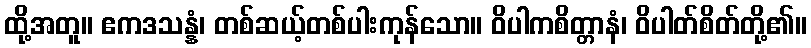
ထို့အတူ။ ဧကဒသန္နံ၊ တစ်ဆယ့်တစ်ပါးကုန်သော။ ဝိပါကစိတ္တာနံ၊ ဝိပါတ်စိတ်တို့၏။